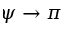
\psi \to \pi